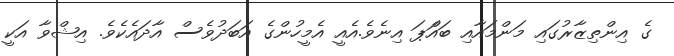
ގެ އިންތިޒާރުގައި މަންމައާއި ބައްަޕަ އިނެވެ.އެއީ އެމީހުންގެ އަބަދުވެސް އާދައެކެވެ. އިޝްވާ އަކީ